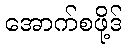
အောက်စဖို့ဒ်